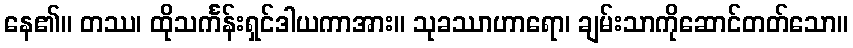
နေ၏။ တဿ၊ ထိုသင်္ကန်းရှင်ဒါယကာအား။ သုခဿာဟာရော၊ ချမ်းသာကိုဆောင်တတ်သော။